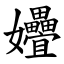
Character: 㜼